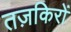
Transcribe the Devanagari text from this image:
तज़किरों